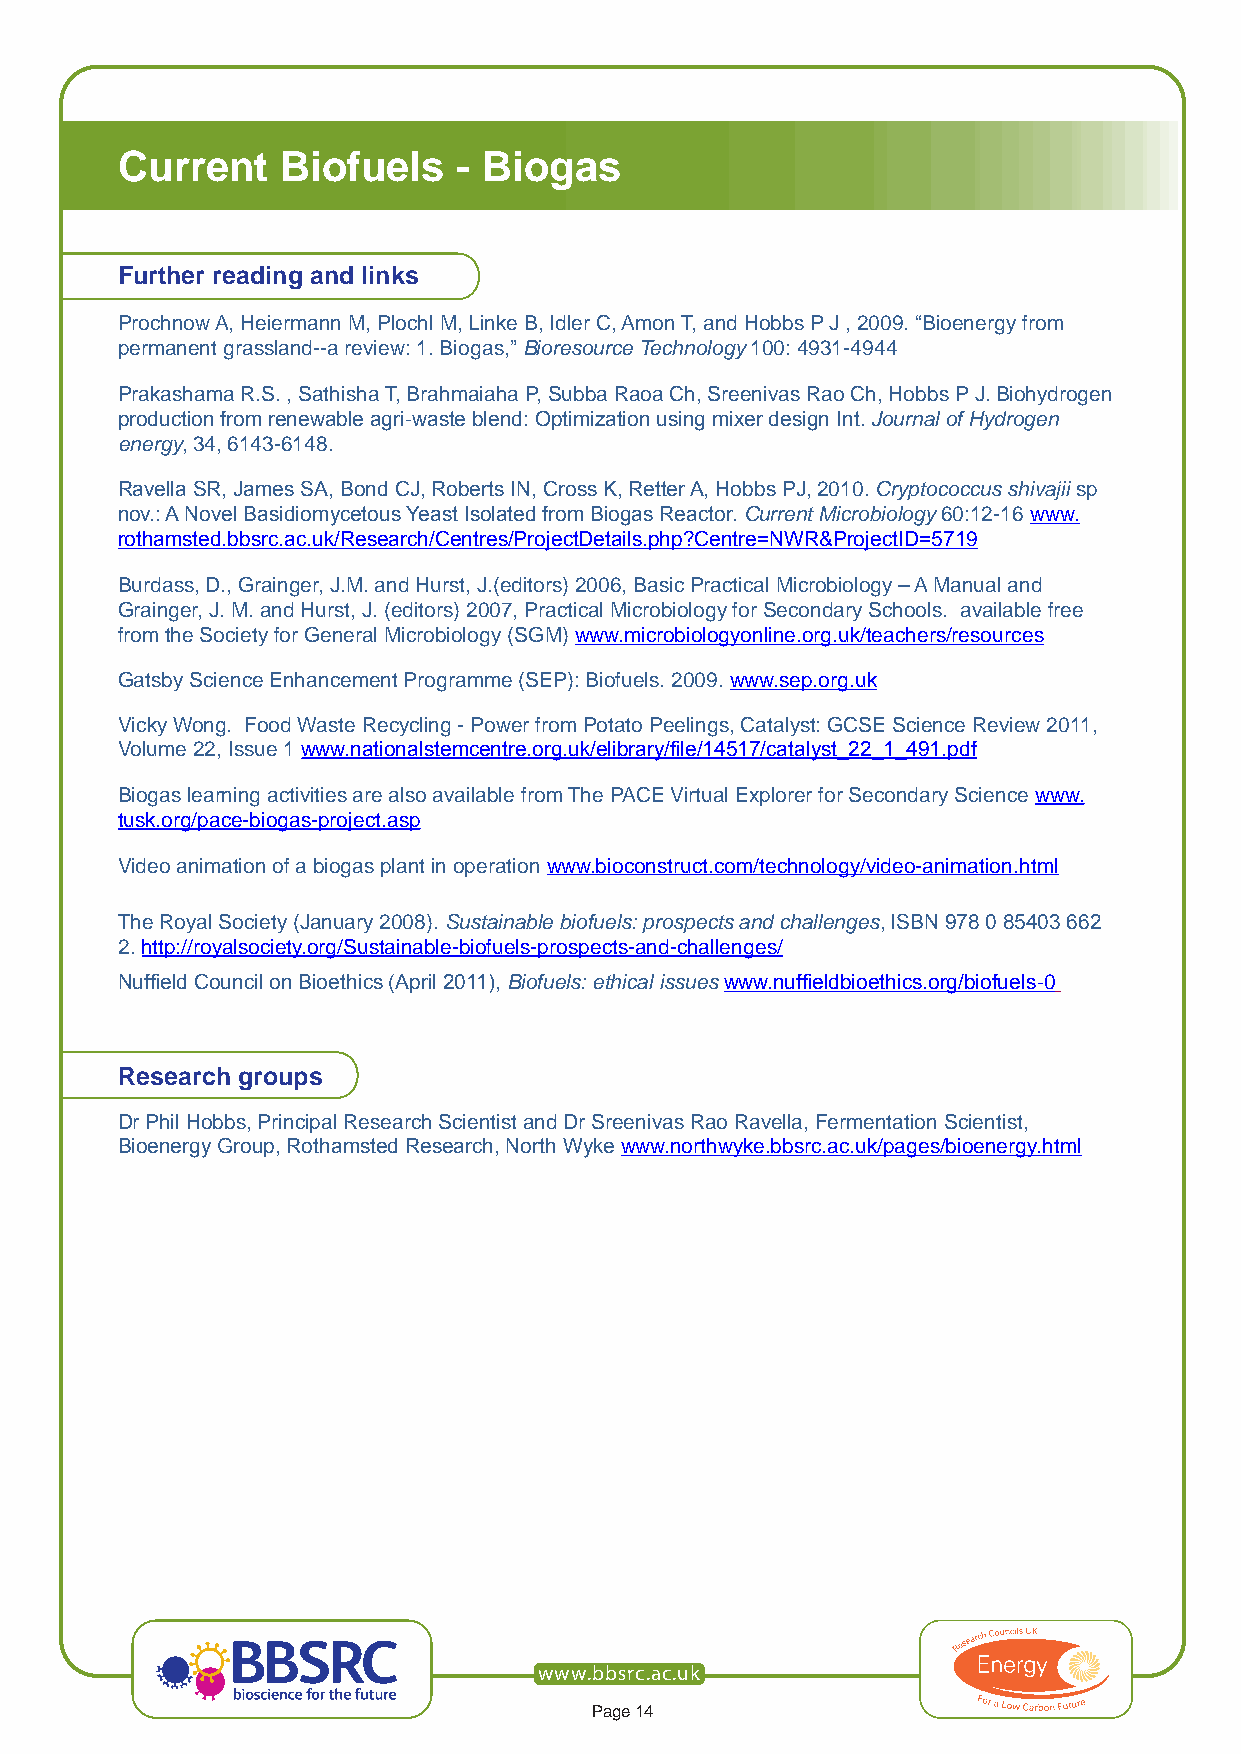
Current    Biofuels   - Biogas
 Further reading and links
 Prochnow A, Heiermann M, Plochl M, Linke B, Idler C, Amon T, and Hobbs P J , 2009. “Bioenergy from
 permanent grassland--a review: 1. Biogas,” Bioresource Technology 100: 4931-4944
 Prakashama R.S. , Sathisha T, Brahmaiaha P, Subba Raoa Ch, Sreenivas Rao Ch, Hobbs P J. Biohydrogen
 production from renewable agri-waste blend: Optimization using mixer design Int. Journal of Hydrogen
 energy, 34, 6143-6148.
 Ravella SR, James SA, Bond CJ, Roberts IN, Cross K, Retter A, Hobbs PJ, 2010. Cryptococcus shivajii sp
 nov.: A Novel Basidiomycetous Yeast Isolated from Biogas Reactor. Current Microbiology 60:12-16 www.
 rothamsted.bbsrc.ac.uk/Research/Centres/ProjectDetails.php?Centre=NWR&ProjectID=5719
 Burdass, D., Grainger, J.M. and Hurst, J.(editors) 2006, Basic Practical Microbiology – A Manual and
 Grainger, J. M. and Hurst, J. (editors) 2007, Practical Microbiology for Secondary Schools. available free
 from the Society for General Microbiology (SGM) www.microbiologyonline.org.uk/teachers/resources
 Gatsby Science Enhancement Programme (SEP): Biofuels. 2009. www.sep.org.uk
 Vicky Wong. Food Waste Recycling - Power from Potato Peelings, Catalyst: GCSE Science Review 2011,
 Volume 22, Issue 1 www.nationalstemcentre.org.uk/elibrary/file/14517/catalyst_22_1_491.pdf
 Biogas learning activities are also available from The PACE Virtual Explorer for Secondary Science www.
 tusk.org/pace-biogas-project.asp
 Video animation of a biogas plant in operation www.bioconstruct.com/technology/video-animation.html
 The Royal Society (January 2008). Sustainable biofuels: prospects and challenges, ISBN 978 0 85403 662
 2. http://royalsociety.org/Sustainable-biofuels-prospects-and-challenges/
 Nuffield Council on Bioethics (April 2011), Biofuels: ethical issues www.nuffieldbioethics.org/biofuels-0
 Research groups
 Dr Phil Hobbs, Principal Research Scientist and Dr Sreenivas Rao Ravella, Fermentation Scientist,
 Bioenergy Group, Rothamsted Research, North Wyke www.northwyke.bbsrc.ac.uk/pages/bioenergy.html
 www.bbsrc.ac.uk
 Page 14